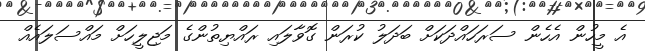
އެ މީހުން އެހެން ސަރަހައްދަކަށް ބަދަލު ކުރަން ގޮވާލައި ރައްޔިތުންގެ މަޖިލީހަށް މައްސަލައެއް